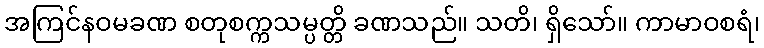
အကြင်နဝမခဏ စတုစက္ကသမ္ပတ္တိ ခဏသည်။ သတိ၊ ရှိသော်။ ကာမာဝစရံ၊